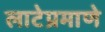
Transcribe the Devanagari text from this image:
लाटेप्रमाणे